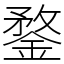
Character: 鍪